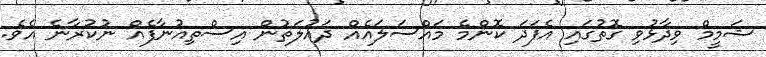
ޝަމީމް ވިދާޅުވި ގޮތުގައި އެފަދަ ކޮންމެ މައްސަލައެއް ދައުލަތުން އިސްތިއުނާފެއް ނުކުރާނެ އެވެ.